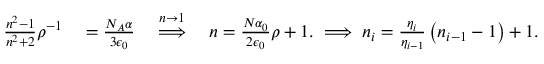
\begin{array} { r l } { \frac { n ^ { 2 } - 1 } { n ^ { 2 } + 2 } \rho ^ { - 1 } } & { { } = \frac { N _ { A } \alpha } { 3 \epsilon _ { 0 } } \quad \overset { n \to 1 } { \Longrightarrow } \quad n = \frac { N \alpha _ { 0 } } { 2 \epsilon _ { 0 } } \rho + 1 . \implies n _ { i } = \frac { \eta _ { i } } { \eta _ { i - 1 } } \left( n _ { i - 1 } - 1 \right) + 1 . } \end{array}